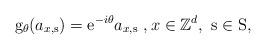
LaTeX: \begin{align*}\mathrm{g}_{\theta }(a_{x,\mathrm{s}})=\mathrm{e}^{-i\theta }a_{x,\mathrm{s}}\ ,x\in \mathbb{Z}^{d},\ \mathrm{s}\in \mathrm{S},\end{align*}